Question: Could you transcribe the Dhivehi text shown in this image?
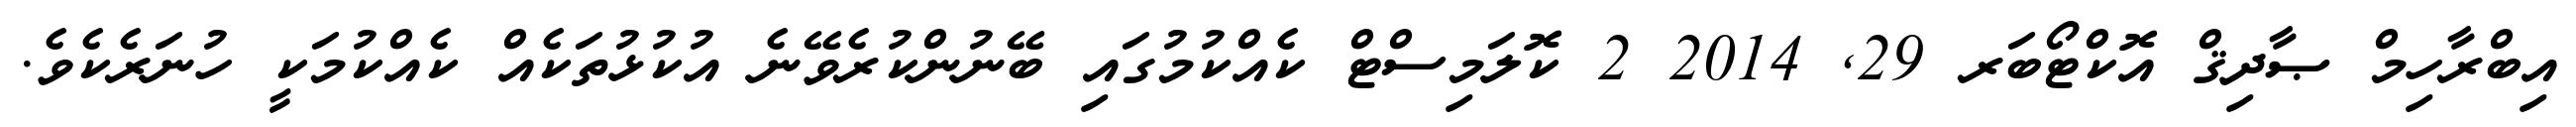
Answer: އިބްރާހިމް ޞާދިޤް އޮކްޓޯބަރ 29, 2014 2 ކޮލަމިސްޓް ކެއްކުމުގައި ބޭނުންކުރެވޭނެ އުކުޅުތަކެއް ކެއްކުމަކީ ހުނަރެކެވެ.